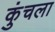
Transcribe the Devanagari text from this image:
कुंचला